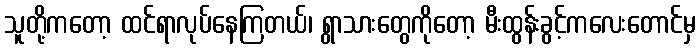
သူတို့ကတော့ ထင်ရာလုပ်နေကြတယ်၊ ရွာသားတွေကိုတော့ မီးထွန်းခွင့်ကလေးတောင်မှ